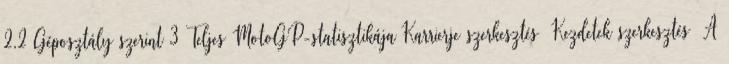
2.2 Géposztály szerint 3 Teljes MotoGP-statisztikája Karrierje szerkesztés Kezdetek szerkesztés A